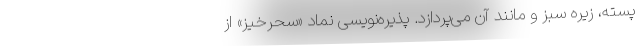
پسته، زیره سبز و مانند آن می‌پردازد. پذیره‌نویسی نماد «سحرخیز» از